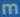
m